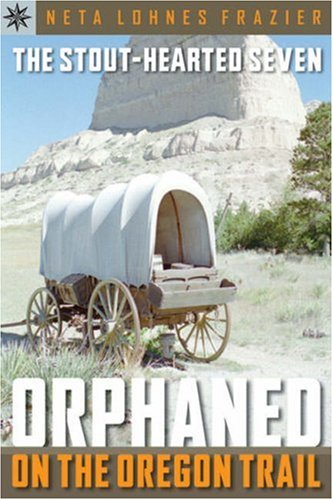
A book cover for Sterling Point BooksÂ®: The Stout-Hearted Seven: Orphaned on the Oregon Trail; Neta Lohnes Frazier; Teen & Young Adult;